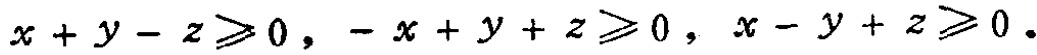
\(x + y - z \geqslant 0,\ -x + y + z \geqslant 0,\ x - y + z \geqslant 0\)